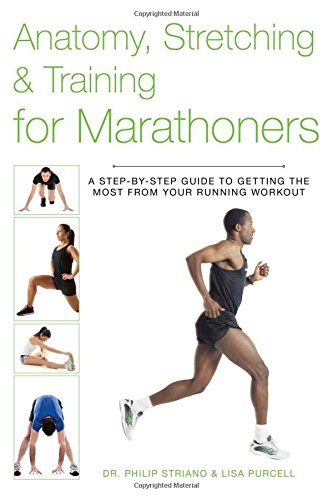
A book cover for Anatomy, Stretching & Training for Marathoners: A Step-by-Step Guide to Getting the Most from Your Running Workout; Philip Striano Dr.; Health, Fitness & Dieting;